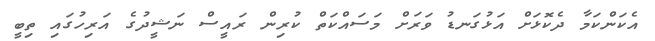
އެކަންކަމާ ދެކޮޅަށް އަޅުގަނޑު ވަރަށް މަސައްކަތް ކުރިން ރައީސް ނަޝީދުގެ އަރިހުގައި ތިބީ